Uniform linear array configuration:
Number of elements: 16
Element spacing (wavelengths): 0.5
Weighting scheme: uniform
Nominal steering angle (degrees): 45
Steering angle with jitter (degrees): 44.205
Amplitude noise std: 0.05
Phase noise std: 0.05

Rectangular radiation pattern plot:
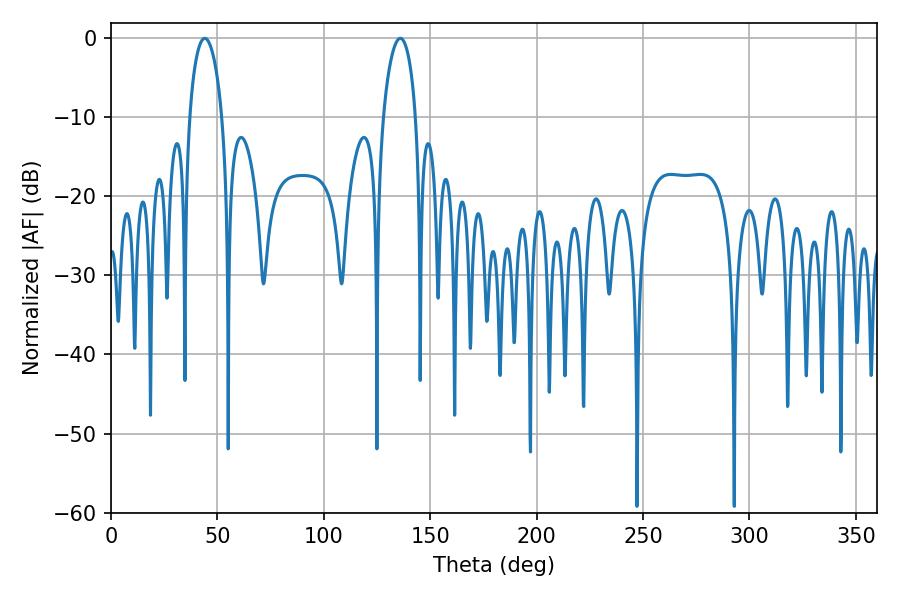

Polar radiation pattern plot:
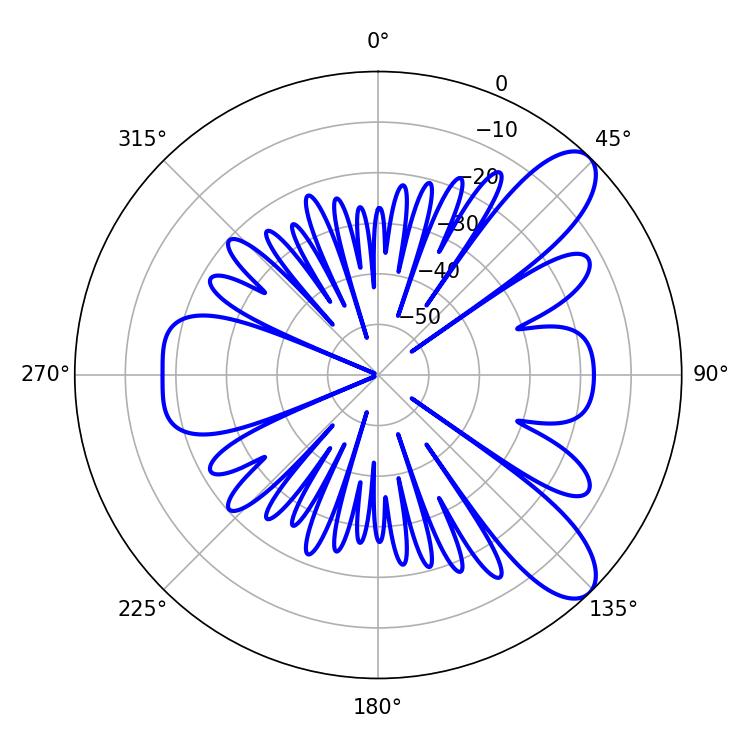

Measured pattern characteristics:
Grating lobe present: FALSE
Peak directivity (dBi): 9.326
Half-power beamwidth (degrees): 8.82
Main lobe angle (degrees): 135.9